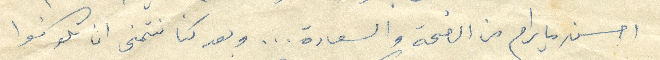
احسن ما يرام من الصحة والسعادة... وبعد كنا نتمنى ان تكونوا